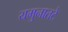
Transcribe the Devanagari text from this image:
यमुनातटे